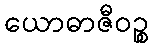
ယောဓာဇီဝဉ္စ